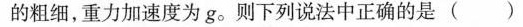
的粗细，重力加速度为g。则下列说法中正确的是( )